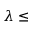
\lambda \le